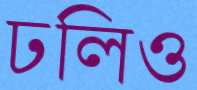
ঢলিও